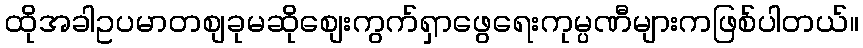
ထိုအခါဥပမာတစျခုမဆိုစျေးကွက်ရှာဖွေရေးကုမ္ပဏီများကဖြစ်ပါတယ်။